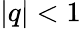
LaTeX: |q|<1